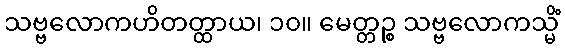
သဗ္ဗလောကဟိတတ္ထာယ၊ ၁၀။ မေတ္တဉ္စ သဗ္ဗလောကသ္မိံ